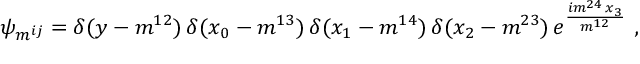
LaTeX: \psi _ { m ^ { i j } } = \delta ( y - m ^ { 1 2 } ) \, \delta ( x _ { 0 } - m ^ { 1 3 } ) \, \delta ( x _ { 1 } - m ^ { 1 4 } ) \, \delta ( x _ { 2 } - m ^ { 2 3 } ) \, e ^ { \frac { i m ^ { 2 4 } \, x _ { 3 } } { m ^ { 1 2 } } } \ ,